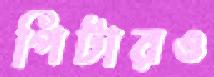
পিটারও